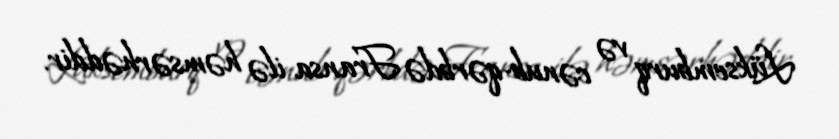
Lüksemburq və cənub-qərbdə Fransa ilə həmsərhəddir.